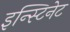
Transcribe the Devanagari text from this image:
इन्स्टिनेट